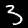
Label: 3